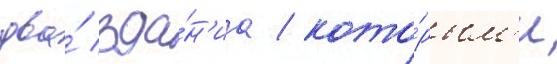
два́ зда́н'иа / кото́рым'и